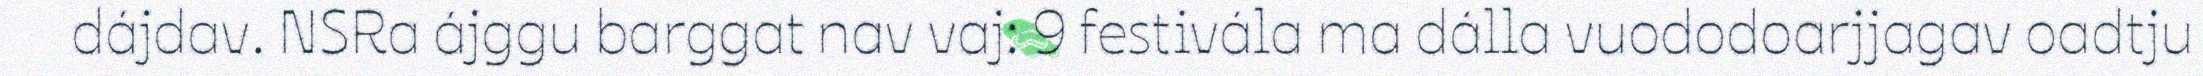
dájdav. NSRa ájggu barggat nav vaj: 9 festivála ma dálla vuododoarjjagav oadtju